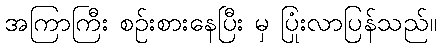
အကြာကြီး စဉ်းစားနေပြီး မှ ပြုံးလာပြန်သည်။